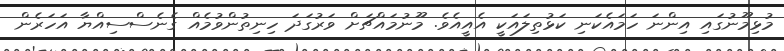
މުޅިމޫނުގައި އިންނަ ހަމައެކަނި ކަޅުތިލައަކީ އެއީއެވެ. މޫނުމައްޗަށް ވަރުގަދަ ހިނިތުންވުމެއް ގެނެސްސިއްޔާ އަހަރެން